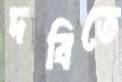
দবিতে